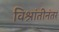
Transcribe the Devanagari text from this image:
विश्रांतीनंतर